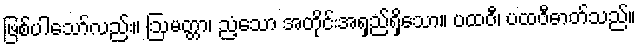
ဖြစ်ပါသော်လည်း။ ဩမတ္တာ၊ ညံ့သော အတိုင်းအရှည်ရှိသော။ ပထဝီ၊ ပထဝီဓာတ်သည်။